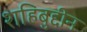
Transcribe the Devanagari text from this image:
शहिबुद्दीन